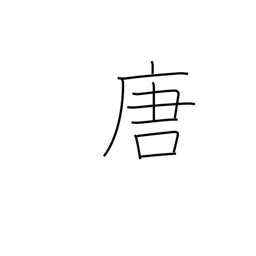
Meaning: T'ang